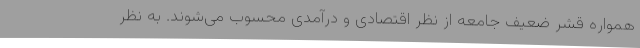
همواره قشر ضعیف جامعه از نظر اقتصادی و درآمدی محسوب می‌شوند. به نظر